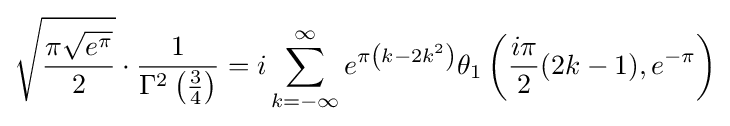
{\sqrt {\frac {\pi {\sqrt {e^{\pi }}}}{2}}}\cdot {\frac {1}{\Gamma ^{2}\left({\frac {3}{4}}\right)}}=i\sum _{k=-\infty }^{\infty }e^{\pi \left(k-2k^{2}\right)}\theta _{1}\left({\frac {i\pi }{2}}(2k-1),e^{-\pi }\right)